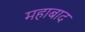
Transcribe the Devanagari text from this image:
महाबाद